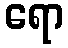
ရော